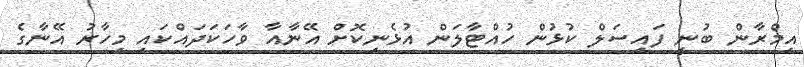
އިމްރާން ބުނީ ފައިސަލް ކުޅުން ހުއްޓާލަން އުޅެނިކޮށް އޭނާއާ ވާހަކަދައްކައި މިހާރު އޭނާގެ